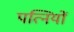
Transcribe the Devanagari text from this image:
पत्‍िनयों